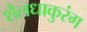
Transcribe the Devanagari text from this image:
शैलधाकुरंग